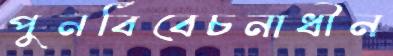
পুনর্বিবেচনাধীন